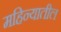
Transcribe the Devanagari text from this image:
महिन्‍यातील